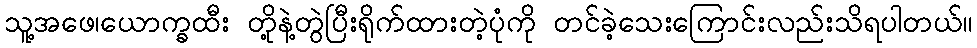
သူ့အဖေ၊ယောက္ခထီး တို့နဲ့တွဲပြီးရိုက်ထားတဲ့ပုံကို တင်ခဲ့သေးကြောင်းလည်းသိရပါတယ်။